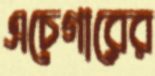
এচেগারের